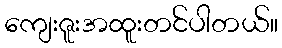
ကျေးဇူးအထူးတင်ပါတယ်။